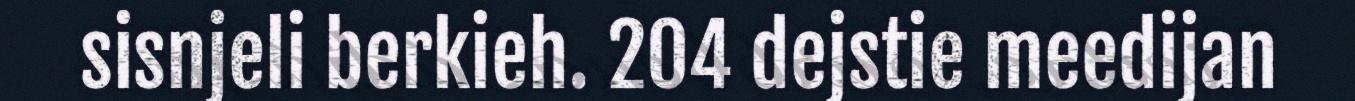
sisnjeli berkieh. 204 dejstie meedijan